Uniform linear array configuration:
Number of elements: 24
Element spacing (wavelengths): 1
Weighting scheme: kaiser
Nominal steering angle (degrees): -45
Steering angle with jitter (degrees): -46.019
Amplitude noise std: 0.05
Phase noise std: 0.05

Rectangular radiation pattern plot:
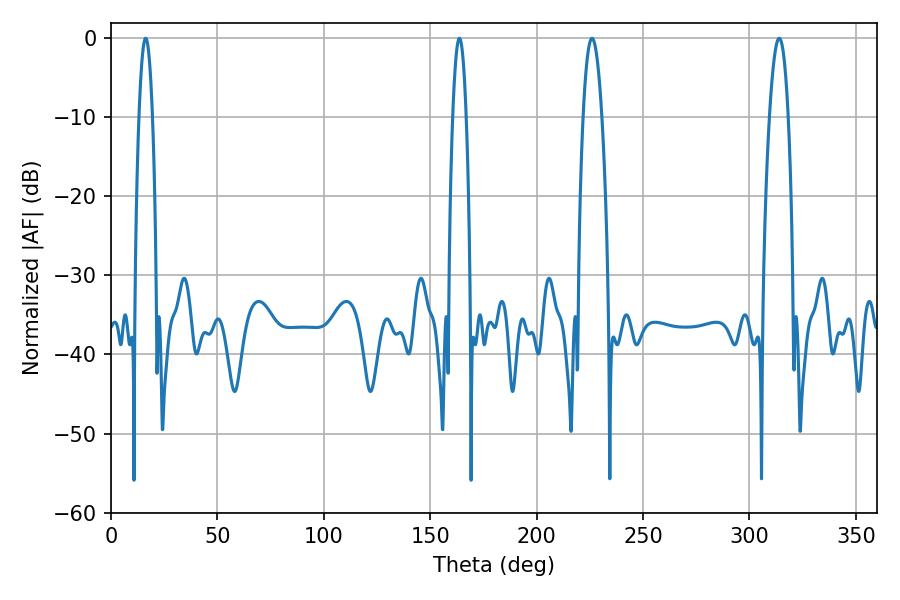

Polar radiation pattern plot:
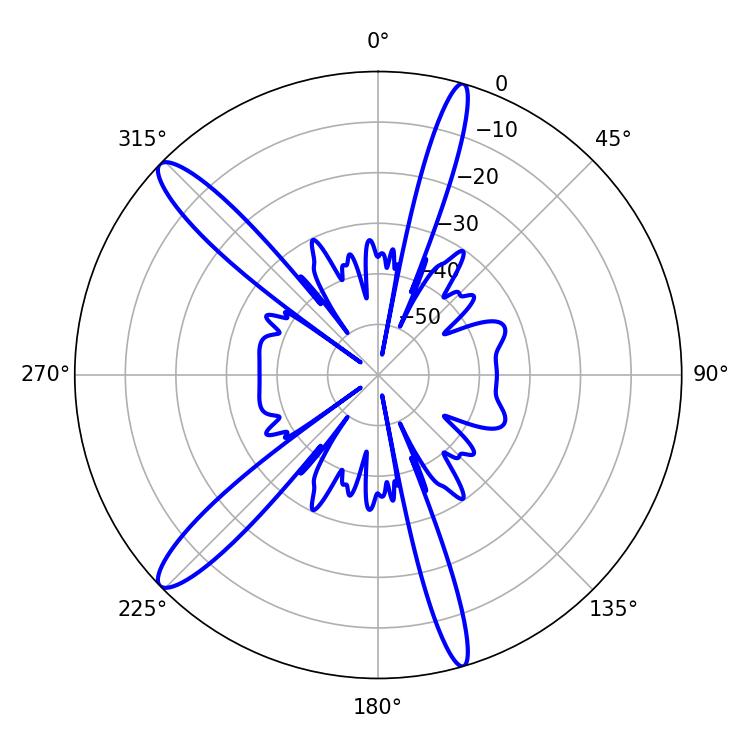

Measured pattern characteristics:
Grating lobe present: TRUE
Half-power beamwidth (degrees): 4.68
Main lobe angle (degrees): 313.92